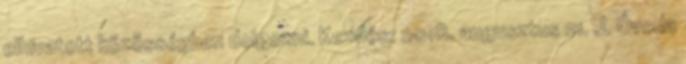
elhivatott közösségben dolgozni. Kezdés: 2018. augusztus 21. J. Óvoda